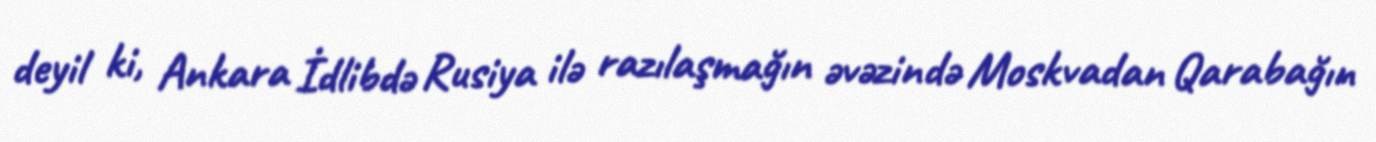
deyil ki, Ankara İdlibdə Rusiya ilə razılaşmağın əvəzində Moskvadan Qarabağın